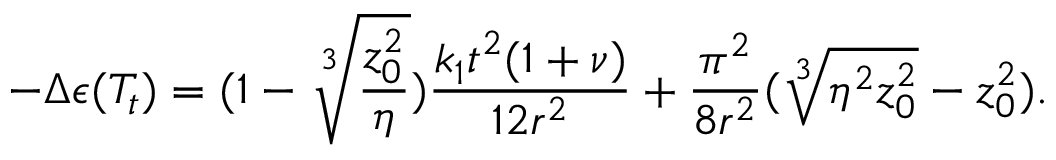
- \Delta \epsilon ( T _ { t } ) = ( 1 - \sqrt [ 3 ] { \frac { z _ { 0 } ^ { 2 } } { \eta } } ) \frac { k _ { 1 } t ^ { 2 } ( 1 + \nu ) } { 1 2 r ^ { 2 } } + \frac { \pi ^ { 2 } } { 8 r ^ { 2 } } ( \sqrt [ 3 ] { \eta ^ { 2 } z _ { 0 } ^ { 2 } } - z _ { 0 } ^ { 2 } ) .